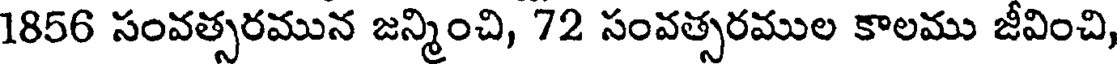
1856 సంవత్సరమున జన్మించి, 72 సంవత్సరముల కాలము జీవించి,